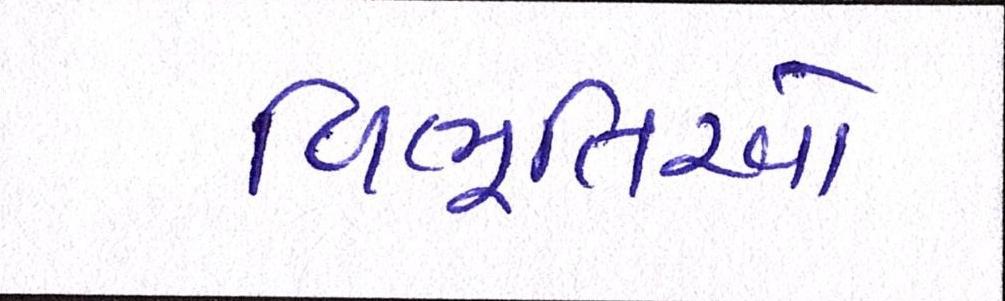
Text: વિભૂતિઓ